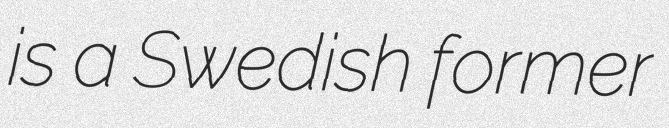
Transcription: is a Swedish former